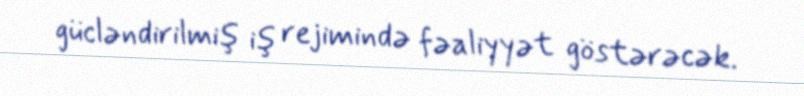
gücləndirilmiş iş rejimində fəaliyyət göstərəcək.